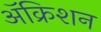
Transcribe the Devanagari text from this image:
ॲक्रिशन